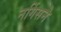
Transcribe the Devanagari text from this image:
नर्गिसने